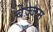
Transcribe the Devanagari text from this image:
बेज्जम